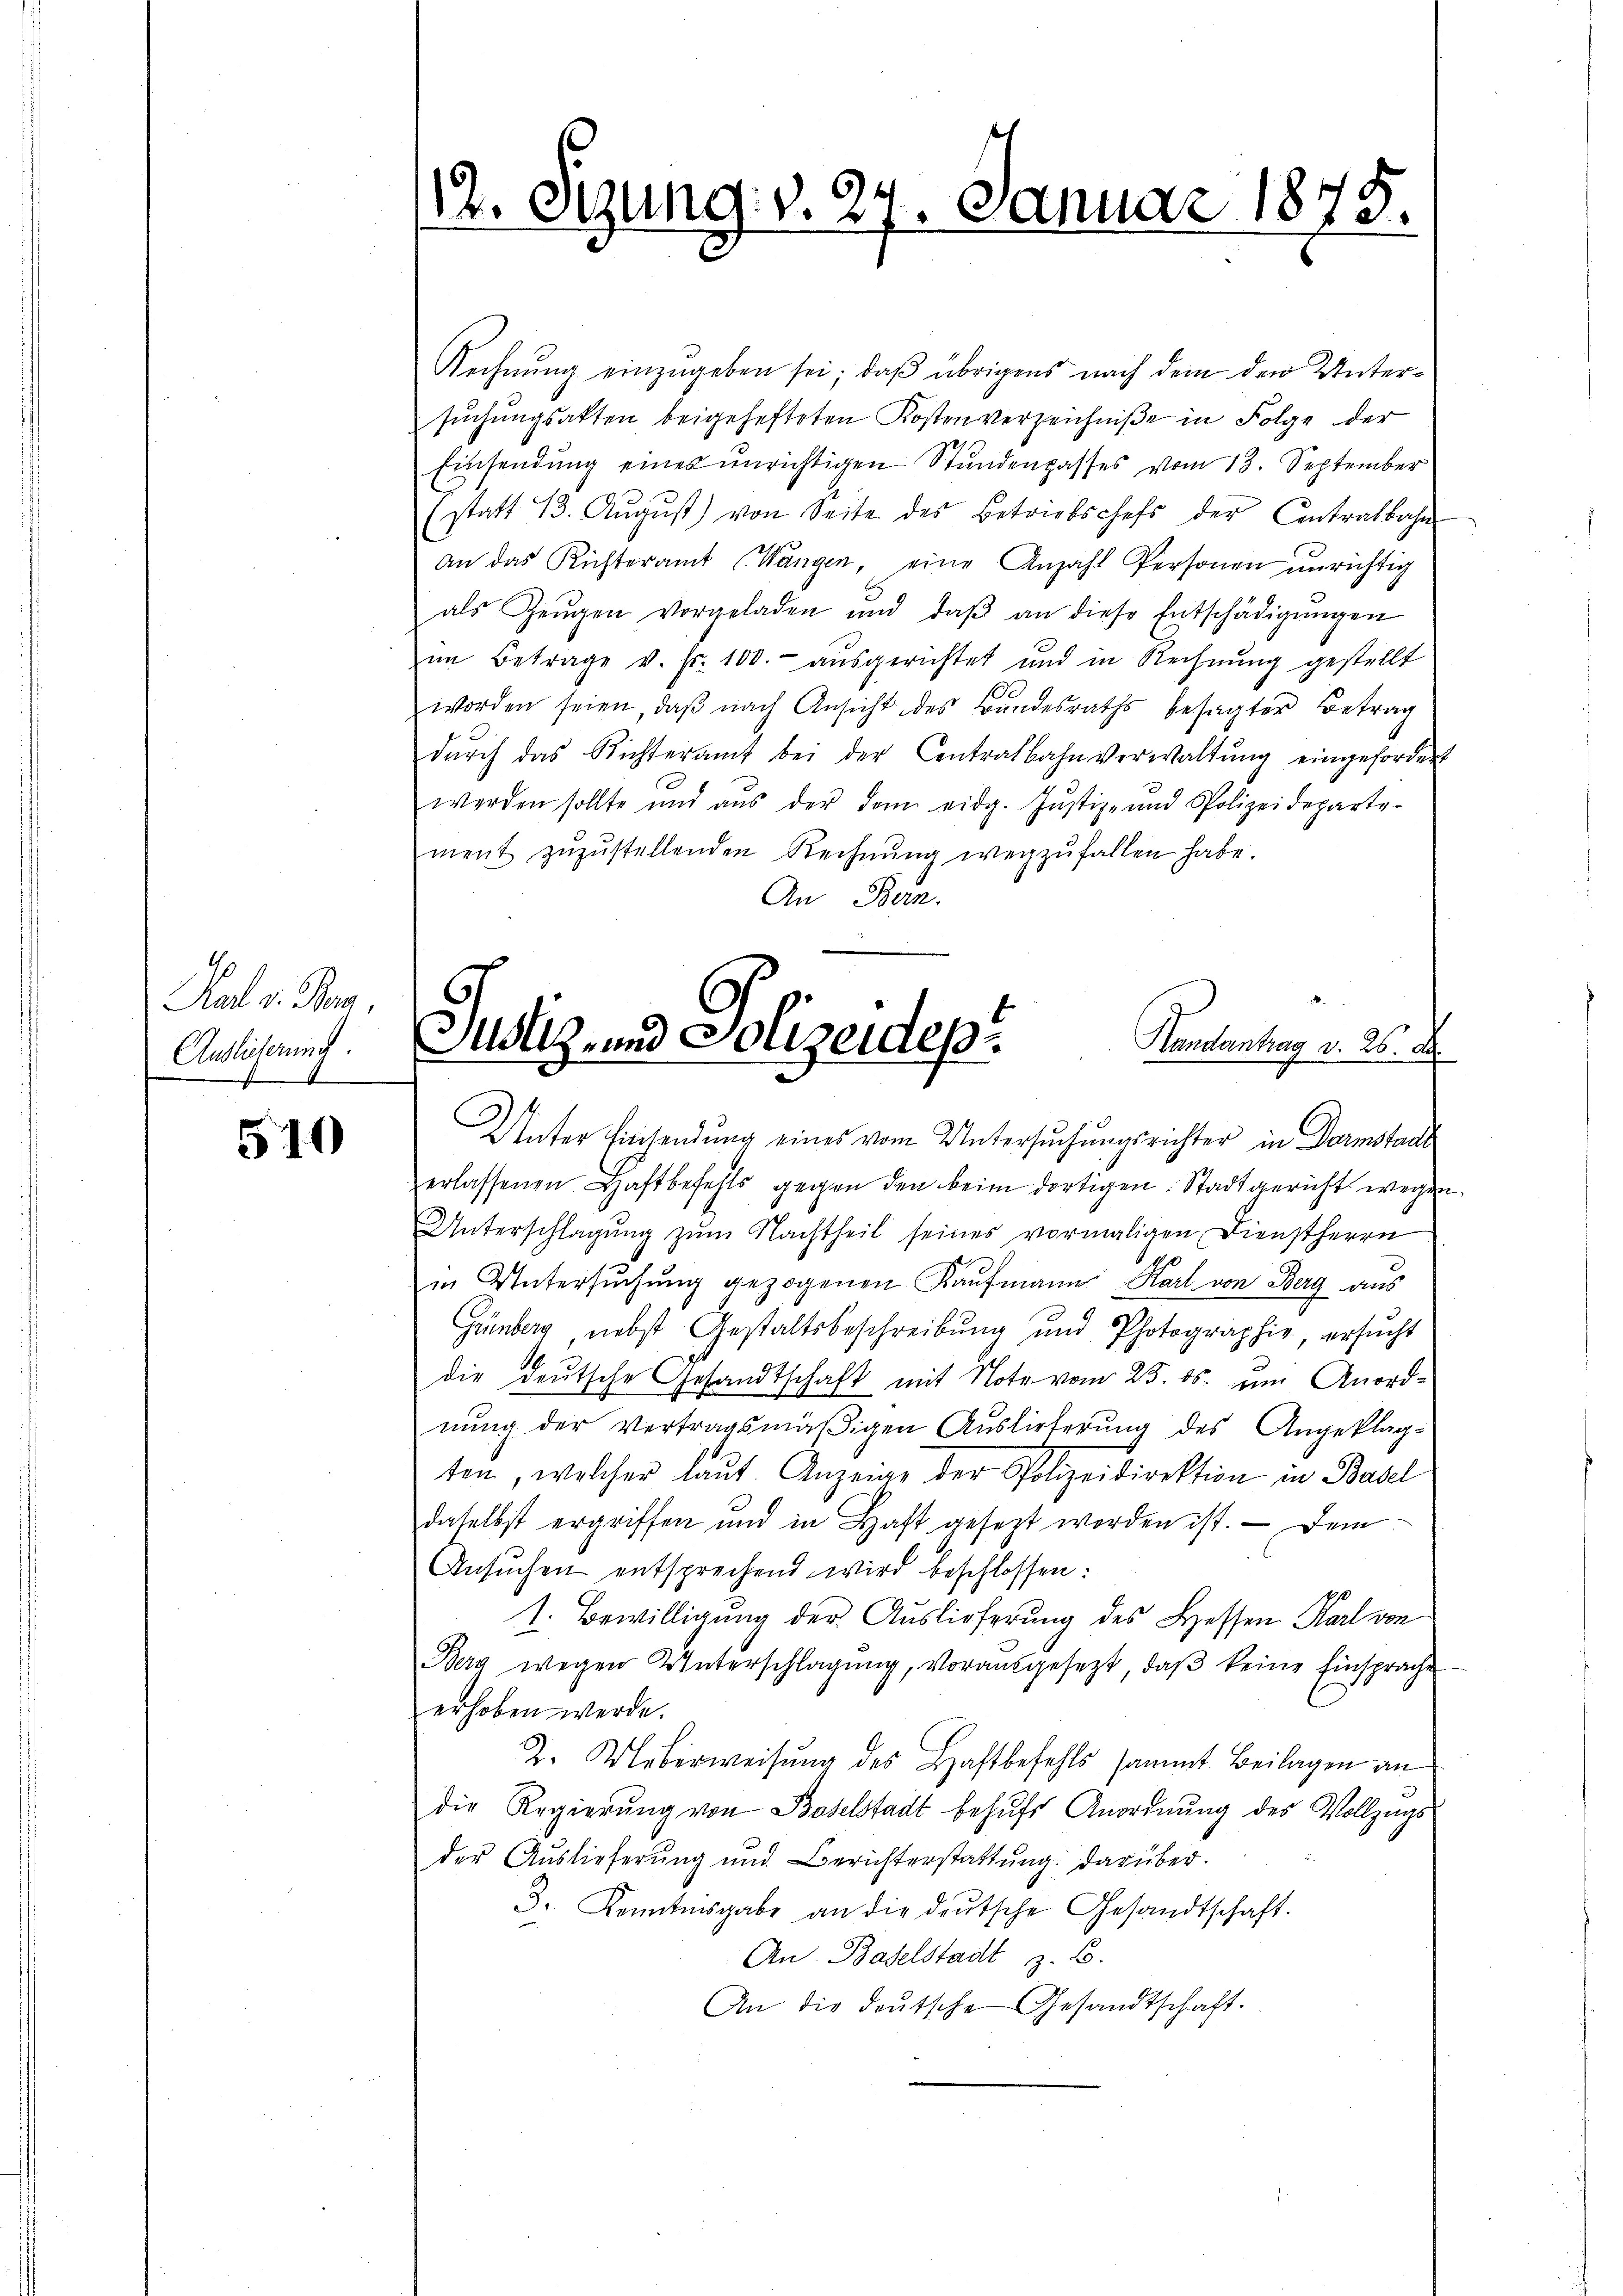
Pal v. Ban
Andlicherung.
4

510

12. Otzung v. 24. Januar 1875.

Justiz- und Polizeides. Anleitung v. 25. d

Rechnung einzugeben sei; daß übrigens nach dem den Untersuchungsakten beigehefteten Kostenverzeichniße in Folge der
Einsendung eines unrichtigen Stundenpasses vom 13. September
(statt 13. Aŭgŭst) von Seite des Betriebschefs der Contralbahn
An das Richteramt Wangen, eine Anzahl Personen ŭnrichtig
als Zeŭgen vorgeladen und daβ an diese Entschädigŭngen
im Betrage v. fr. 100. aŭsgerichtet und in Rechnŭng gestellt
worden seien, daβ nach Ansicht des Bŭndesraths besagter Betrag
dŭrch das Richteramt bei der Centralbahnverwaltŭng eingefordert
werden sollte und aŭs der dem eidg. Jŭstiz- und Polizeideparte-
ment zŭzŭstellenden Rechnŭng wegzŭfallen habe.
An Bern.
Unter Einsendung eines vom Untersuchungsrichter in Darmstadt
erlassenen Haftbefehls gegen den beim dortigen Stadtgericht wegen
Unterschlagung zŭm Nachtheil seines vormaligen Dienstherrn
in Untersŭchŭng gezogenen Kaŭfmann Karl von Berg aus
Günberg nebst Gestaltsbeschreibŭng und Photographie, ersŭcht
die deutsche Gesandtschaft mit Note vom 25. ds. um Anordnŭng der vertragsmäβigen Auslieferŭng des Angeklag-
ten, welcher laŭt Anzeige der Polizeidirektion in Basel
daselbst ergriffen und in Haft gesezt worden ist.  Dem
Ansŭchen entsprechend wird beschlossen:
1. Bewilligung der Auslieferung des Hessen Karl von
Berg wegen Unterschlagung, vorausgesezt, daß keine Einsprache
erhoben werde.
2. Ueberweisung des Haftbefehls sammt Beilagen an
die Regierŭng von Baselstadt behŭfs Anordnŭng des Vollzugs
der Auslieferung und Berichterstattung darüber.
3. Kenntnisgabe an die deŭtsche Gesandtschaft.
An Baselstadt z. B.
An die deŭtsche Gesandtschaft.